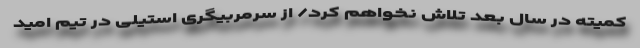
کمیته در سال بعد تلاش نخواهم کرد/ از سرمربیگری استیلی در تیم امید